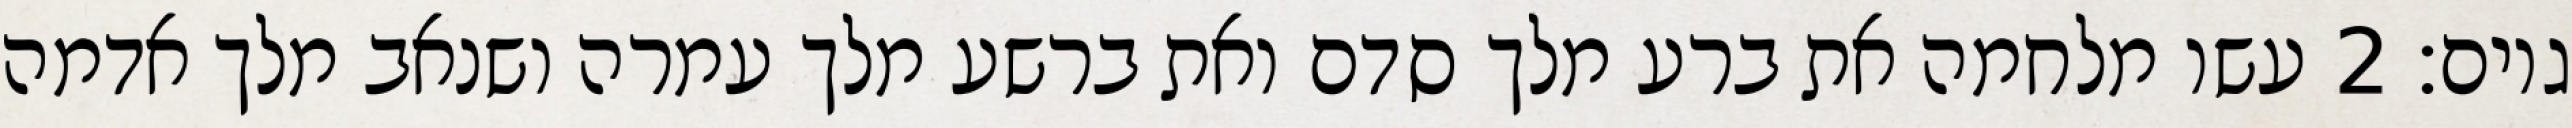
גוים׃ ‎2‏ עשו מלחמה את ברע מלך סדם ואת ברשע מלך עמרה ושנאב מלך אדמה